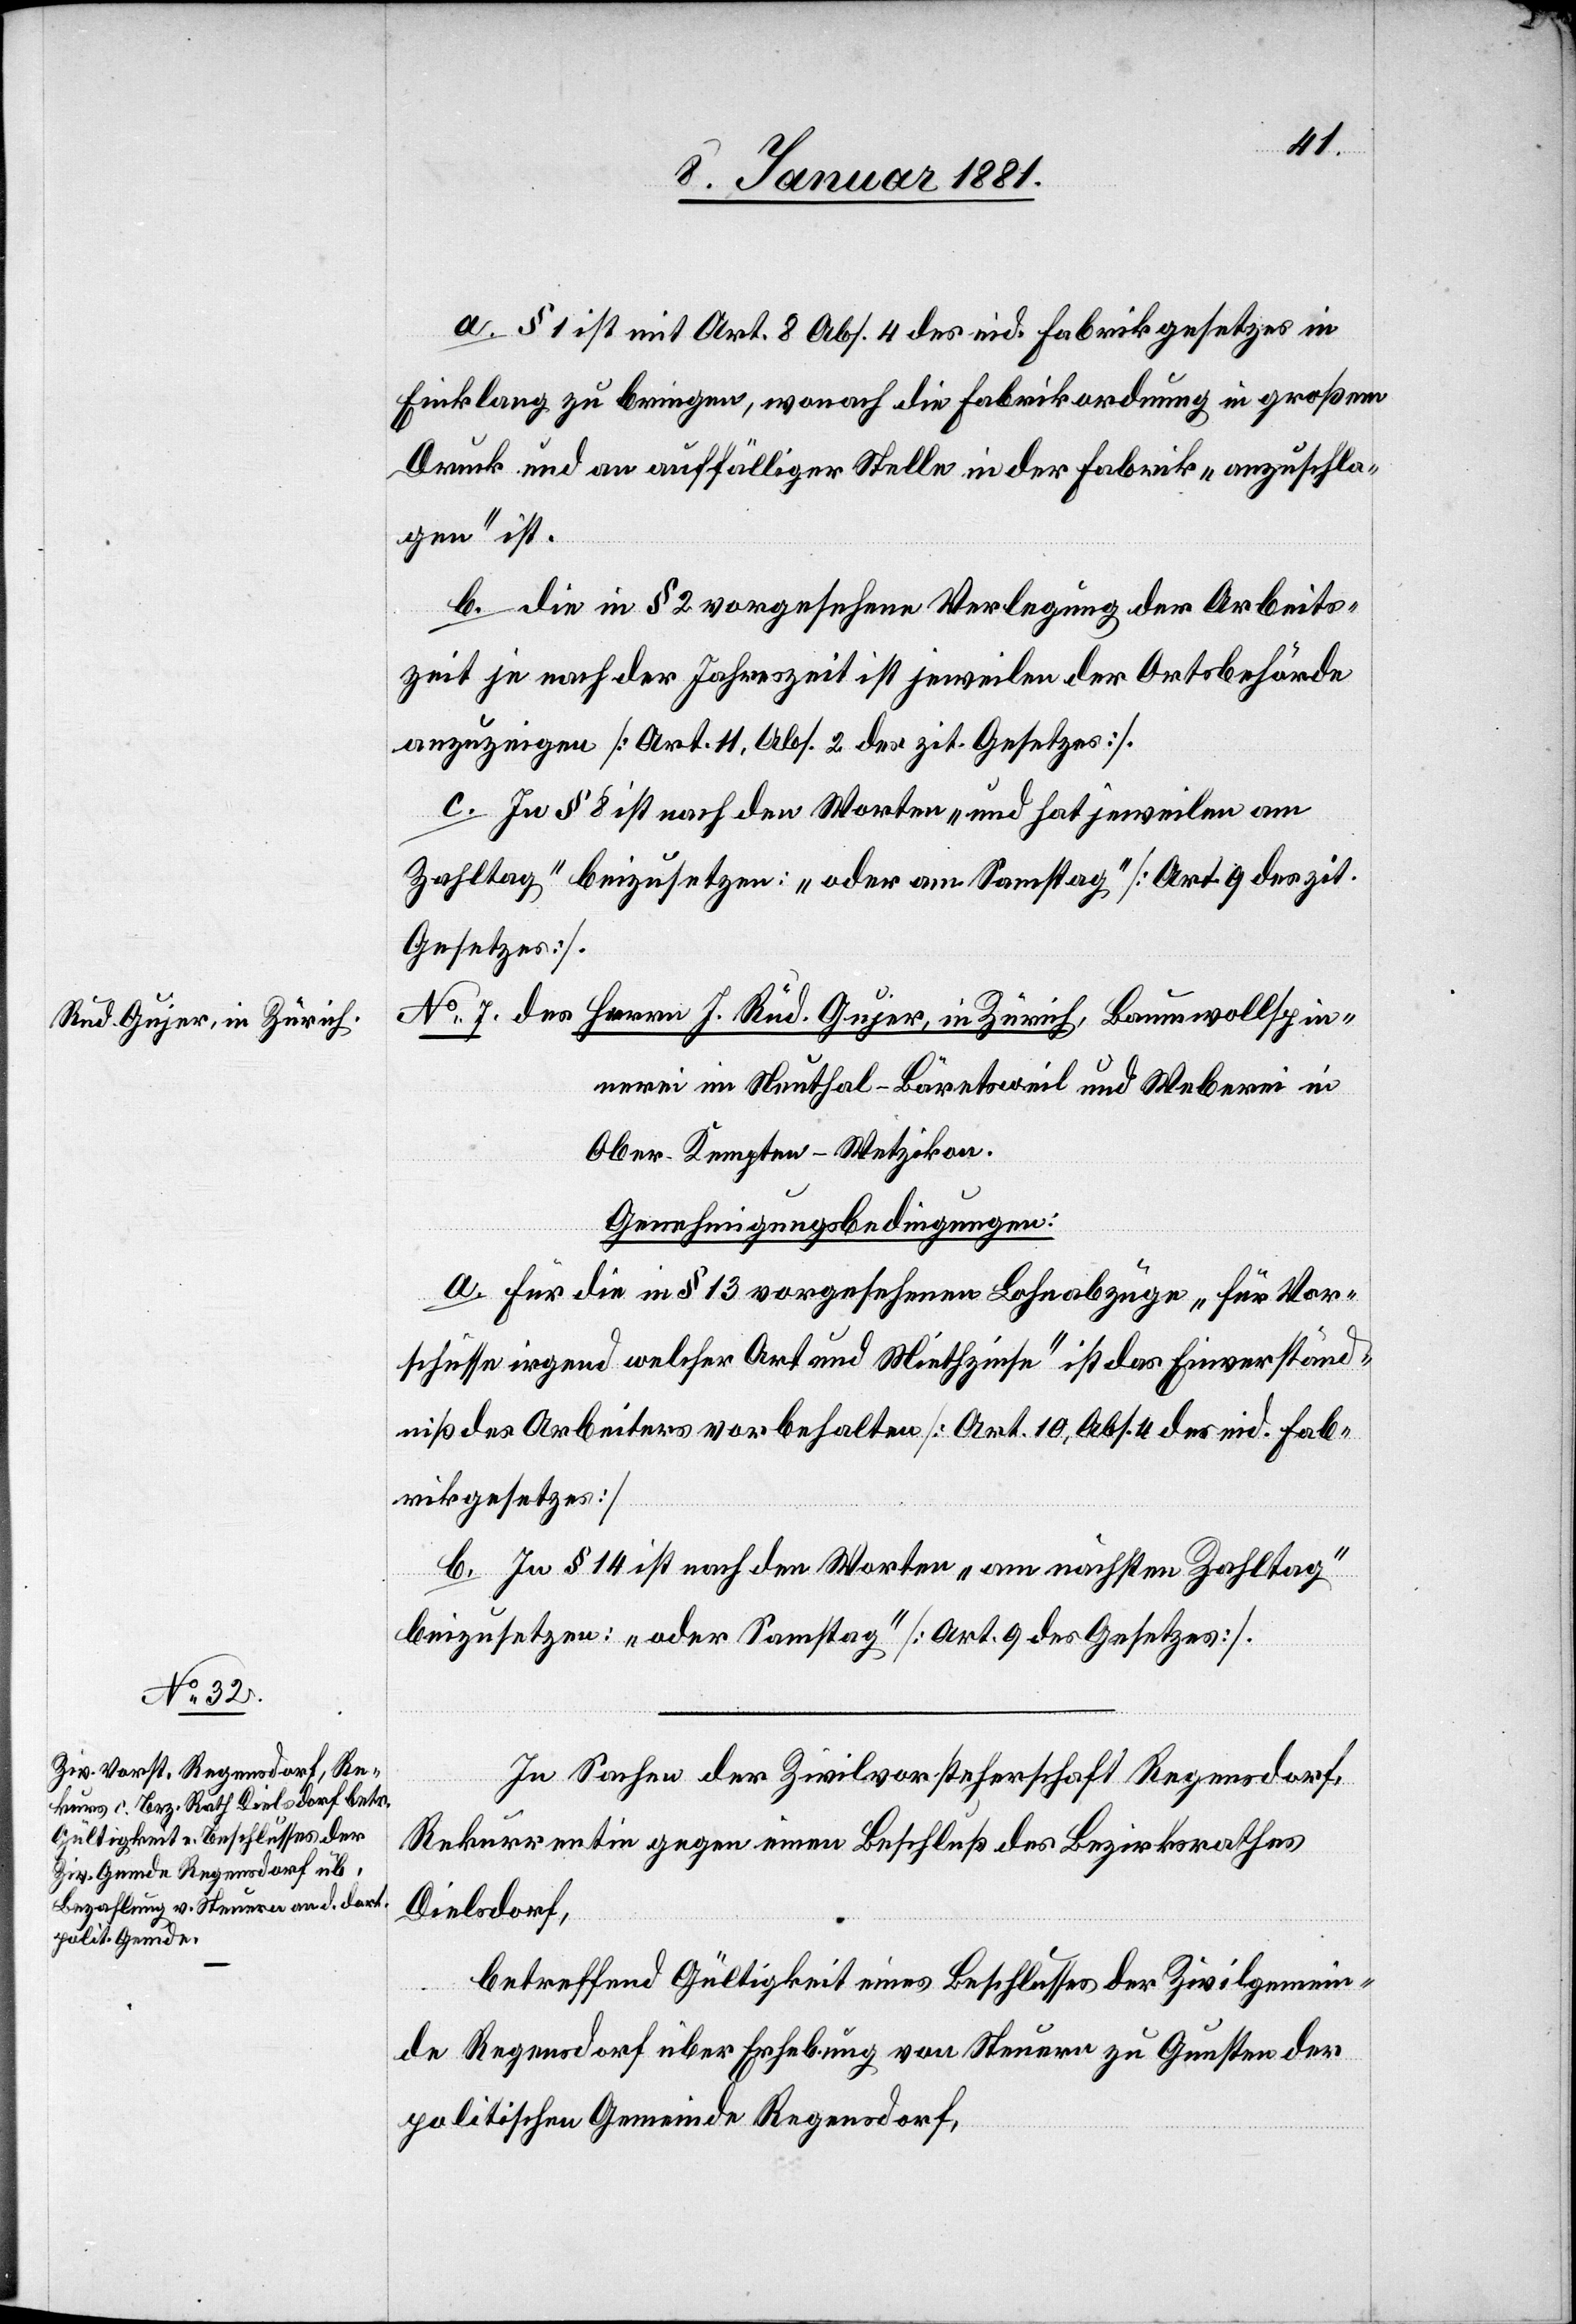
a. § 1 ist mit Art. 8 Abs. 4 des eid. Fabrikgesetzes in
Einklang zu bringen, wonach die Fabrikordnung in großem
Druck und an auffälliger Stelle in der Fabrik „anzuschla¬
gen“ ist.
b. die in § 2 vorgesehene Verlegung der Arbeits¬
zeit je nach der Jahreszeit ist jeweilen der Ortsbehörde
anzuzeigen [Art. 11, Abs. 2 des zit. Gesetzes].
c. In § 8 ist nach den Worten „und hat jeweilen am
Zahltag“ beizusetzen: „oder am Samstag“ [Art. 9 des zit.
Gesetzes].
No 7. des Herrn J. Rud. Gujer, in Zürich, Baumwollspin¬
nerei im Neuthal - Bäretsweil und Weberei in
Ober-Kempten - Wetzikon.
Genehmigungsbedingungen:
a. Für die in § 13 vorgesehenen Lohnabzüge „für Vor¬
schüsse irgend welcher Art und Miethzinse“ ist das Einverständ¬
niß des Arbeiters vorbehalten [Art. 10, Abs. 4 des eid. Fab¬
rikgesetzes]
b. In § 14 ist nach den Worten „am nächsten Zahltag“
beizusetzen: „oder Samstag“ [Art. 9 des Gesetzes].
In Sachen der Zivilvorsteherschaft Regensdorf,
Rekurrenten gegen einen Beschluß des Bezirksrathes
Dielsdorf,
betreffend Gültigkeit eines Beschlusses der Zivilgemein¬
de Regensdorf über Erhebung von Steuern zu Gunsten der
politischen Gemeinde Regensdorf,